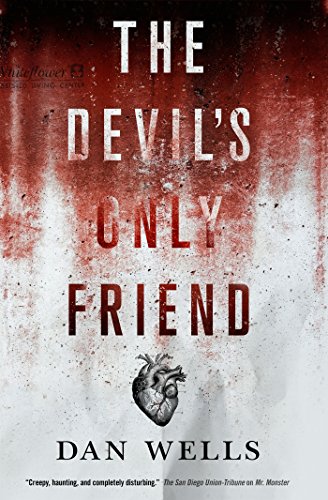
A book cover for The Devil's Only Friend (John Cleaver); Dan Wells; Mystery, Thriller & Suspense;